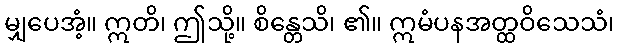
မျှပေအံ့။ ဣတိ၊ ဤသို့။ စိန္တေသိ၊ ၏။ ဣမံပနအတ္ထဝိသေသံ၊